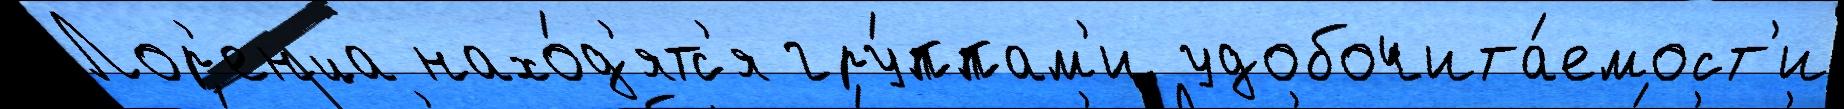
Лор'енца нахо́д'ятс'я гру́ппам'и удобочита́емост'и